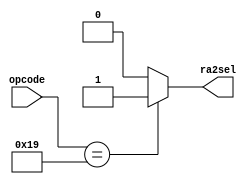
`define ST  6'b011001

// INPUT = OPCODE (6-bit)
// OUTPUT = ra2sel (1-bit)
module control_logic_rfr(
    input [5:0] opcode,
    output ra2sel
);

	// If OPCODE = Store -> ra2sel = 1, else ra2sel = 0
	assign ra2sel = (opcode[5:0] == `ST) ? 1'b1 : 1'b0 ;

endmodule